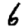
Digit: 6